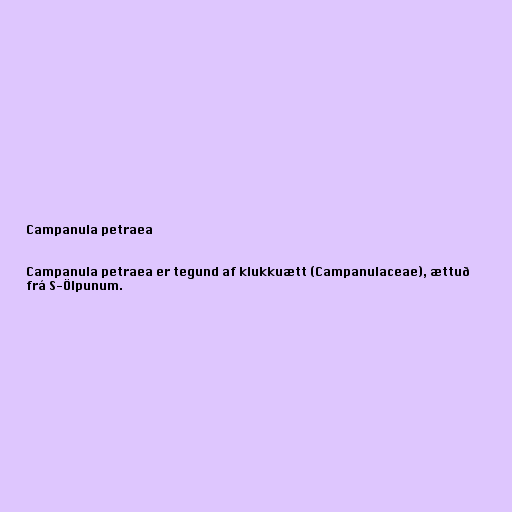
Campanula petraea

Campanula petraea er tegund af klukkuætt (Campanulaceae), ættuð
frá S-Ölpunum.